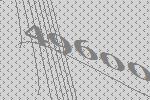
49600